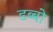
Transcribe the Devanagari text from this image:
डब्बो